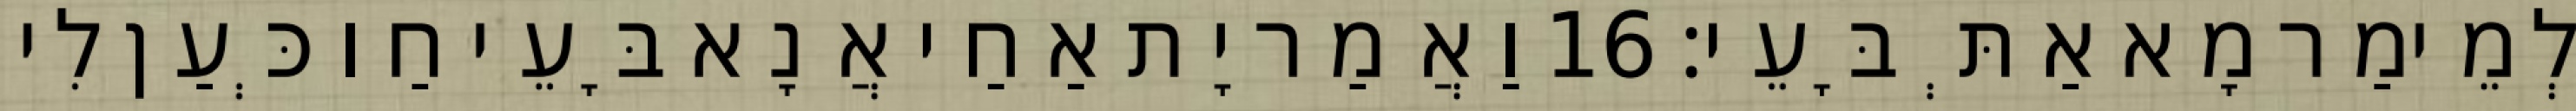
לְמֵימַר מָא אַתְּ בָּעֵי׃ 16 וַאֲמַר יָת אַחַי אֲנָא בָּעֵי חַו כְּעַן לִי